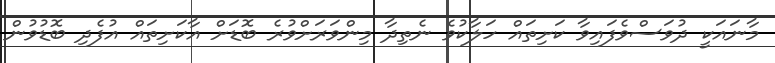
މާނައަކީ ދުވަސްވެފައިވާ ކަށިތައް ހަލާކުވެ ނެތިދާ މިންވަރަށްވުރެ ބޮޑަށް އާކަށިތައް އުފެދި ބޮޑުވުން